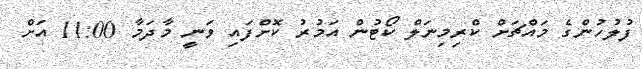
ފުލުހުންގެ މައްޗަށް ކްރިމިނަލް ކޯޓުން އަމުރު ކޮށްފައި ވަނީ މާދަމާ 11:00 އަށް